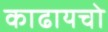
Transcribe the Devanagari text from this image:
काढायचो